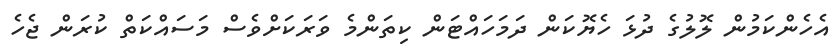
އެހެންކަމުން ލޮލުގެ ދުޅަ ހެޔޮކަން ދަމަހައްޓަން ކިތަންމެ ވަރަކަށްވެސް މަސައްކަތް ކުރަން ޖެހެ